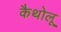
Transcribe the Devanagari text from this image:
कैथोलू